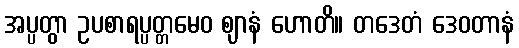
အပ္ပတွာ ဥပစာရပ္ပတ္တမေဝ ဈာနံ ဟောတိ။ တဒေတံ ဒေဝတာနံ